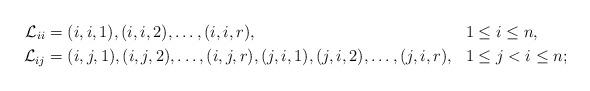
LaTeX: \begin{align*}\mathcal{L}_{ii}&= (i,i,1), (i,i,2), \ldots,(i,i,r), & 1&\leq i \leq n,\\\mathcal{L}_{ij}&= (i,j,1), (i,j,2), \ldots,(i,j,r),(j,i,1), (j,i,2), \ldots,(j,i,r), & 1&\leq j<i \leq n;\end{align*}